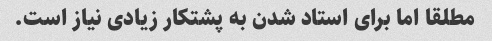
مطلقا اما برای استاد شدن به پشتکار زیادی نیاز است.